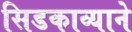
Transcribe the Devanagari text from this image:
सिडकाव्याने